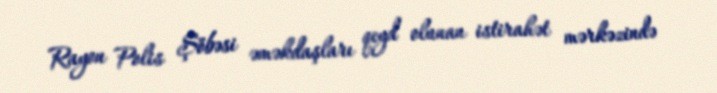
Rayon Polis Şöbəsi əməkdaşları qeyd olunan istirahət mərkəzində